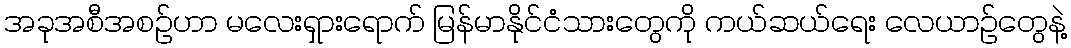
အခုအစီအစဥ်ဟာ မလေးရှားရောက် မြန်မာနိုင်ငံသားတွေကို ကယ်ဆယ်ရေး လေယာဥ်တွေနဲ့